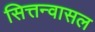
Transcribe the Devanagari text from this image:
सित्तन्वासल